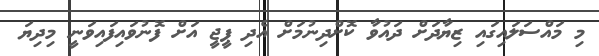
މި މައްސަލައިގައި ޒިޔާދަށް ދައުވާ ކޮށްދިނުމަށް އެދި ޕީޖީ އަށް ފޮނުވައިފައިވަނީ މިދިޔަ